Lunatic asylums in Bengal annual reports 1912-1924 - 1912-1924
Year: 1912
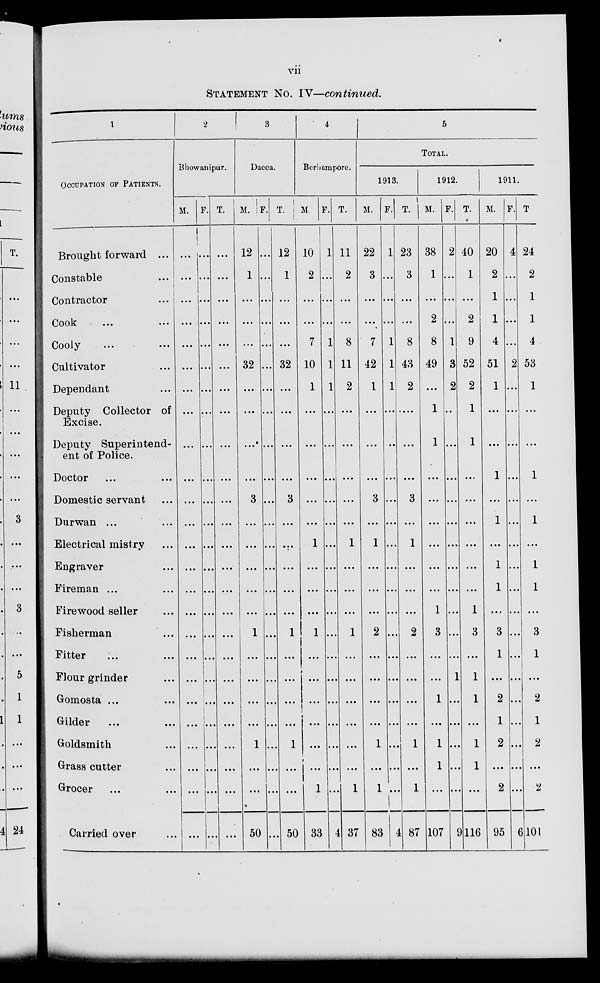
vii
STATEMENT No. IV—continued.
1
OCCUPATION OF PATIENTS.
Brought forward ...
Constable ...
Contractor ...
Cook ... ...
Cooly ... ...
Cultivator ... ...
Dependant ...
Deputy Collector of Excise.
Deputy S u p e r i n t e n d e n t of Police.
Doctor ... ...
Domestic servant ...
Durwan ... ...
Electrical mistry ...
Engraver ...
Fireman ... ...
Firewood seller ...
Fisherman ... ...
Fitter ... ...
Flour grinde ...
Gomosta ... ...
Gilder ...
Goldsmith ...
Grass cutter ...
Grocer ... ...
Carried over ...
2
Bhowanipur.
M.
...
...
...
...
...
...
...
...
...
...
...
...
...
...
...
...
...
...
...
...
...
...
...
...
...
F.
...
...
...
...
...
...
...
...
...
...
...
...
...
...
...
...
...
...
...
...
...
...
...
...
...
T.
...
...
...
...
...
...
...
...
...
...
...
...
...
...
...
...
...
...
...
...
...
...
...
...
...
3
Dacca.
M.
12
1
...
...
...
32
...
...
...
...
3
...
...
...
...
...
1
...
...
...
...
1
...
...
50
F.
...
...
...
...
...
...
...
...
...
...
...
...
...
...
...
...
...
...
...
...
...
...
...
...
...
T.
12
1
...
...
...
32
...
...
...
...
3
...
...
...
...
...
1
...
...
...
...
1
...
...
50
4
Berhampore.
M.
10
2
...
...
7
10
1
...
...
...
...
...
1
...
...
...
1
...
...
...
...
...
...
1
33
F.
1
...
...
...
1
1
1
...
...
...
...
...
...
...
...
...
...
...
...
...
...
...
...
...
4
T.
11
2
...
...
8
11
2
...
...
...
...
...
1
...
...
...
1
...
...
...
...
...
...
1
37
5
TOTAL.
1913.
M.
22
3
...
...
7
42
1
...
...
...
3
...
1
...
...
...
2
...
...
...
...
1
...
1
83
F.
1
...
...
...
1
1
1
...
...
...
...
...
...
...
...
...
...
...
...
...
...
...
...
...
4
T.
23
3
...
...
8
43
2
...
...
...
3
...
1
...
...
...
2
...
...
...
...
1
...
1
87
1912.
M.
38
1
...
2
8
49
...
1
1
...
...
...
...
...
...
1
3
...
...
1
...
1
1
...
107
F.
2
...
...
...
1
3
2
...
...
...
...
...
...
...
...
...
...
...
1
...
...
...
...
...
9
T.
40
1
...
2
9
52
2
1
1
...
...
...
...
...
...
1
3
...
1
1
...
1
1
...
116
1911.
M.
20
2
1
1
4
51
1
...
...
1
...
1
...
1
1
...
3
1
...
2
1
2
...
2
95
F.
4
...
...
...
...
2
...
...
...
...
...
...
...
...
...
...
...
...
...
...
...
...
...
...
6
T
24
2
1
1
4
53
1
...
...
1
...
1
...
1
1
...
3
1
...
2
1
2
...
2
101